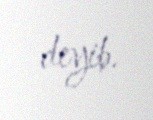
deyib.